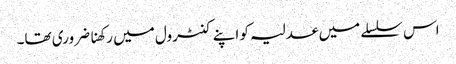
اس سلسلے میں عدلیہ کو اپنے کنٹرول میں رکھنا ضروری تھا۔